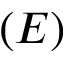
{ ( E ) }